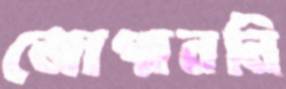
জোগাননি